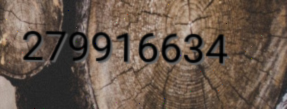
279916634